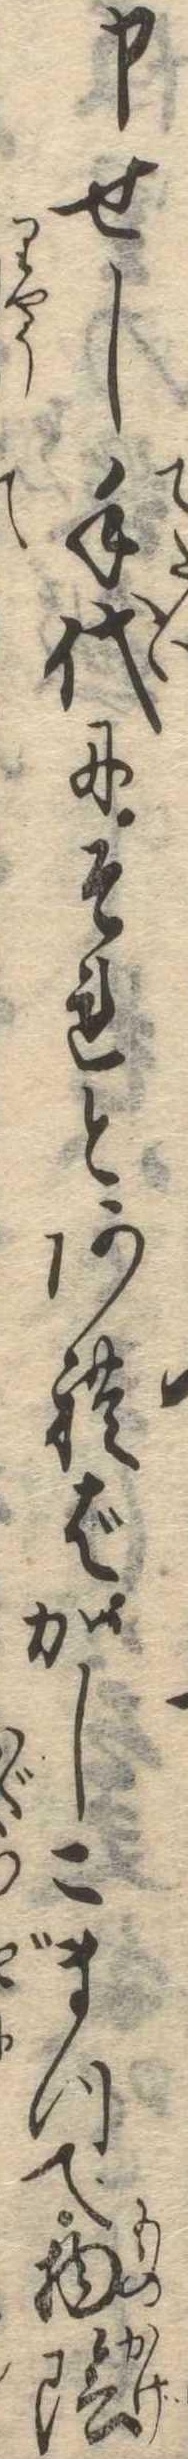
申せし手代にそれとあればかしこまつて物陰